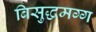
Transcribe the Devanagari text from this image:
बिसुद्धमग्ग